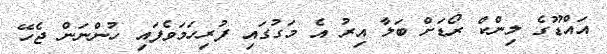
އައްޑޫގެ ލިންކް ރޯޑަށް ބަލާ އިރު އެ މަގުގައި ފުރިހަމަވެފައި ހުންނަން ޖެހޭ